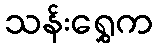
သန်းရွှေက